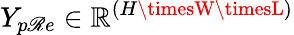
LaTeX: Y_{p\mathscr{R}e}\in\mathbb{R}^{(H\timesW\timesL)}